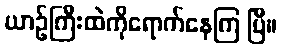
ယာဉ်ကြီးထဲကိုရောက်နေကြ ပြီ။